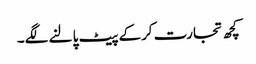
کچھ تجارت کرکے پیٹ پالنے لگے۔